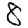
Digit: 8